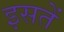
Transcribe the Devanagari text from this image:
इसतें